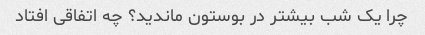
چرا یک شب بیشتر در بوستون ماندید؟ چه اتفاقی افتاد